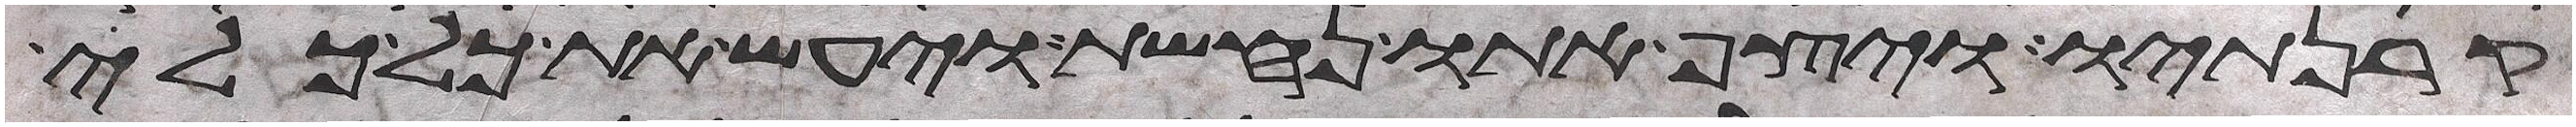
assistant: קרנתיו ויצף אתו נחשת ויעש את כל כלי